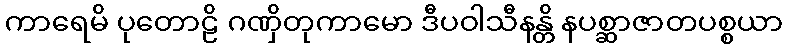
ကာရေမိ ပုတောဠိ ဂဏှိတုကာမော ဒီပဝါသီနန္တိ နပစ္ဆာဇာတပစ္စယာ